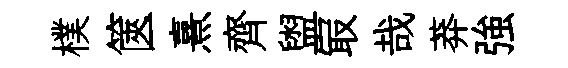
樸篋熹齊盥㝡哉莽強